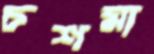
চশমা